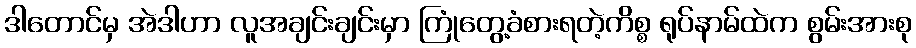
ဒါတောင်မှ အဲဒါဟာ လူအချင်းချင်းမှာ ကြုံတွေ့ခံစားရတဲ့ကိစ္စ ရုပ်နာမ်ထဲက စွမ်းအားစု